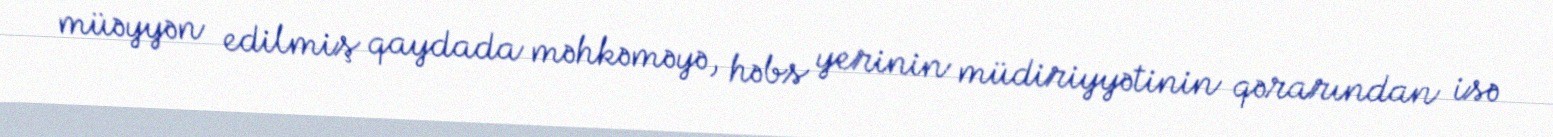
müəyyən edilmiş qaydada məhkəməyə, həbs yerinin müdiriyyətinin qərarından isə